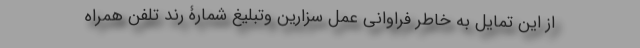
از این تمایل به خاطر فراوانی عمل سزارین وتبلیغ شمارۀ رُند تلفن همراه